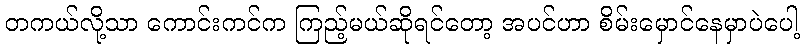
တကယ်လို့သာ ကောင်းကင်က ကြည့်မယ်ဆိုရင်တော့ အပင်ဟာ စိမ်းမှောင်နေမှာပဲပေါ့